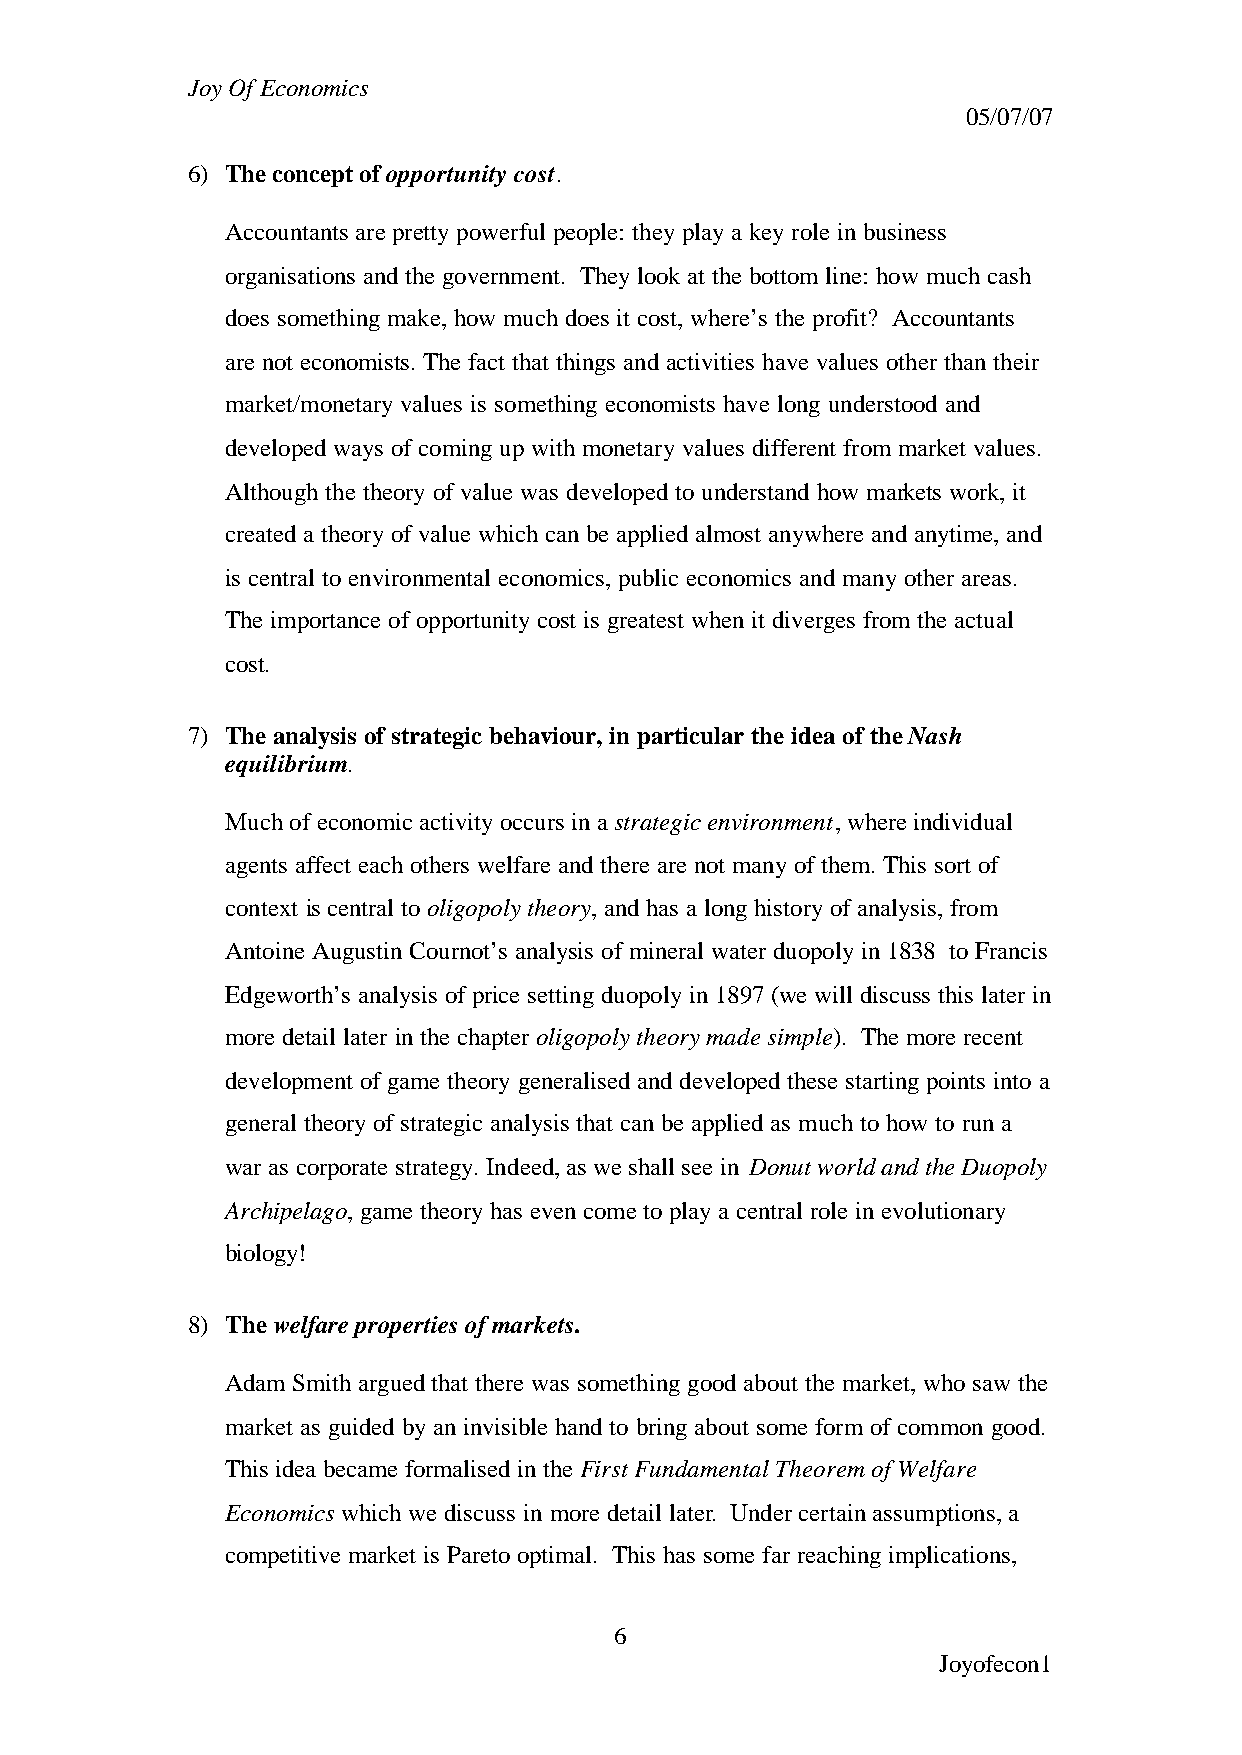
Joy Of Economics
 05/07/07
 6) The concept of opportunity cost.
 Accountants are pretty powerful people: they play a key role in business
 organisations and the government. They look at the bottom line: how much cash
 does something make, how much does it cost, where’s the profit? Accountants
 are not economists. The fact that things and activities have values other than their
 market/monetary values is something economists have long understood and
 developed ways of coming up with monetary values different from market values.
 Although the theory of value was developed to understand how markets work, it
 created a theory of value which can be applied almost anywhere and anytime, and
 is central to environmental economics, public economics and many other areas.
 The importance of opportunity cost is greatest when it diverges from the actual
 cost.
 7) The analysis of strategic behaviour, in particular the idea of the Nash
 equilibrium.
 Much of economic activity occurs in a strategic environment, where individual
 agents affect each others welfare and there are not many of them. This sort of
 context is central to oligopoly theory, and has a long history of analysis, from
 Antoine Augustin Cournot’s analysis of mineral water duopoly in 1838 to Francis
 Edgeworth’s analysis of price setting duopoly in 1897 (we will discuss this later in
 more detail later in the chapter oligopoly theory made simple). The more recent
 development of game theory generalised and developed these starting points into a
 general theory of strategic analysis that can be applied as much to how to run a
 war as corporate strategy. Indeed, as we shall see in Donut world and the Duopoly
 Archipelago, game theory has even come to play a central role in evolutionary
 biology!
 8) The welfare properties of markets.
 Adam Smith argued that there was something good about the market, who saw the
 market as guided by an invisible hand to bring about some form of common good.
 This idea became formalised in the First Fundamental Theorem of Welfare
 Economics which we discuss in more detail later. Under certain assumptions, a
 competitive market is Pareto optimal. This has some far reaching implications,
 6
 Joyofecon1